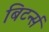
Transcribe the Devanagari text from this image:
बिटर्न्‍स